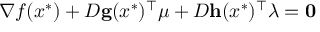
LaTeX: \nabla f ( x ^ { * } ) + D \mathbf { g } ( x ^ { * } ) ^ { \top } { \boldsymbol { \mu } } + D \mathbf { h } ( x ^ { * } ) ^ { \top } { \boldsymbol { \lambda } } = \mathbf { 0 }